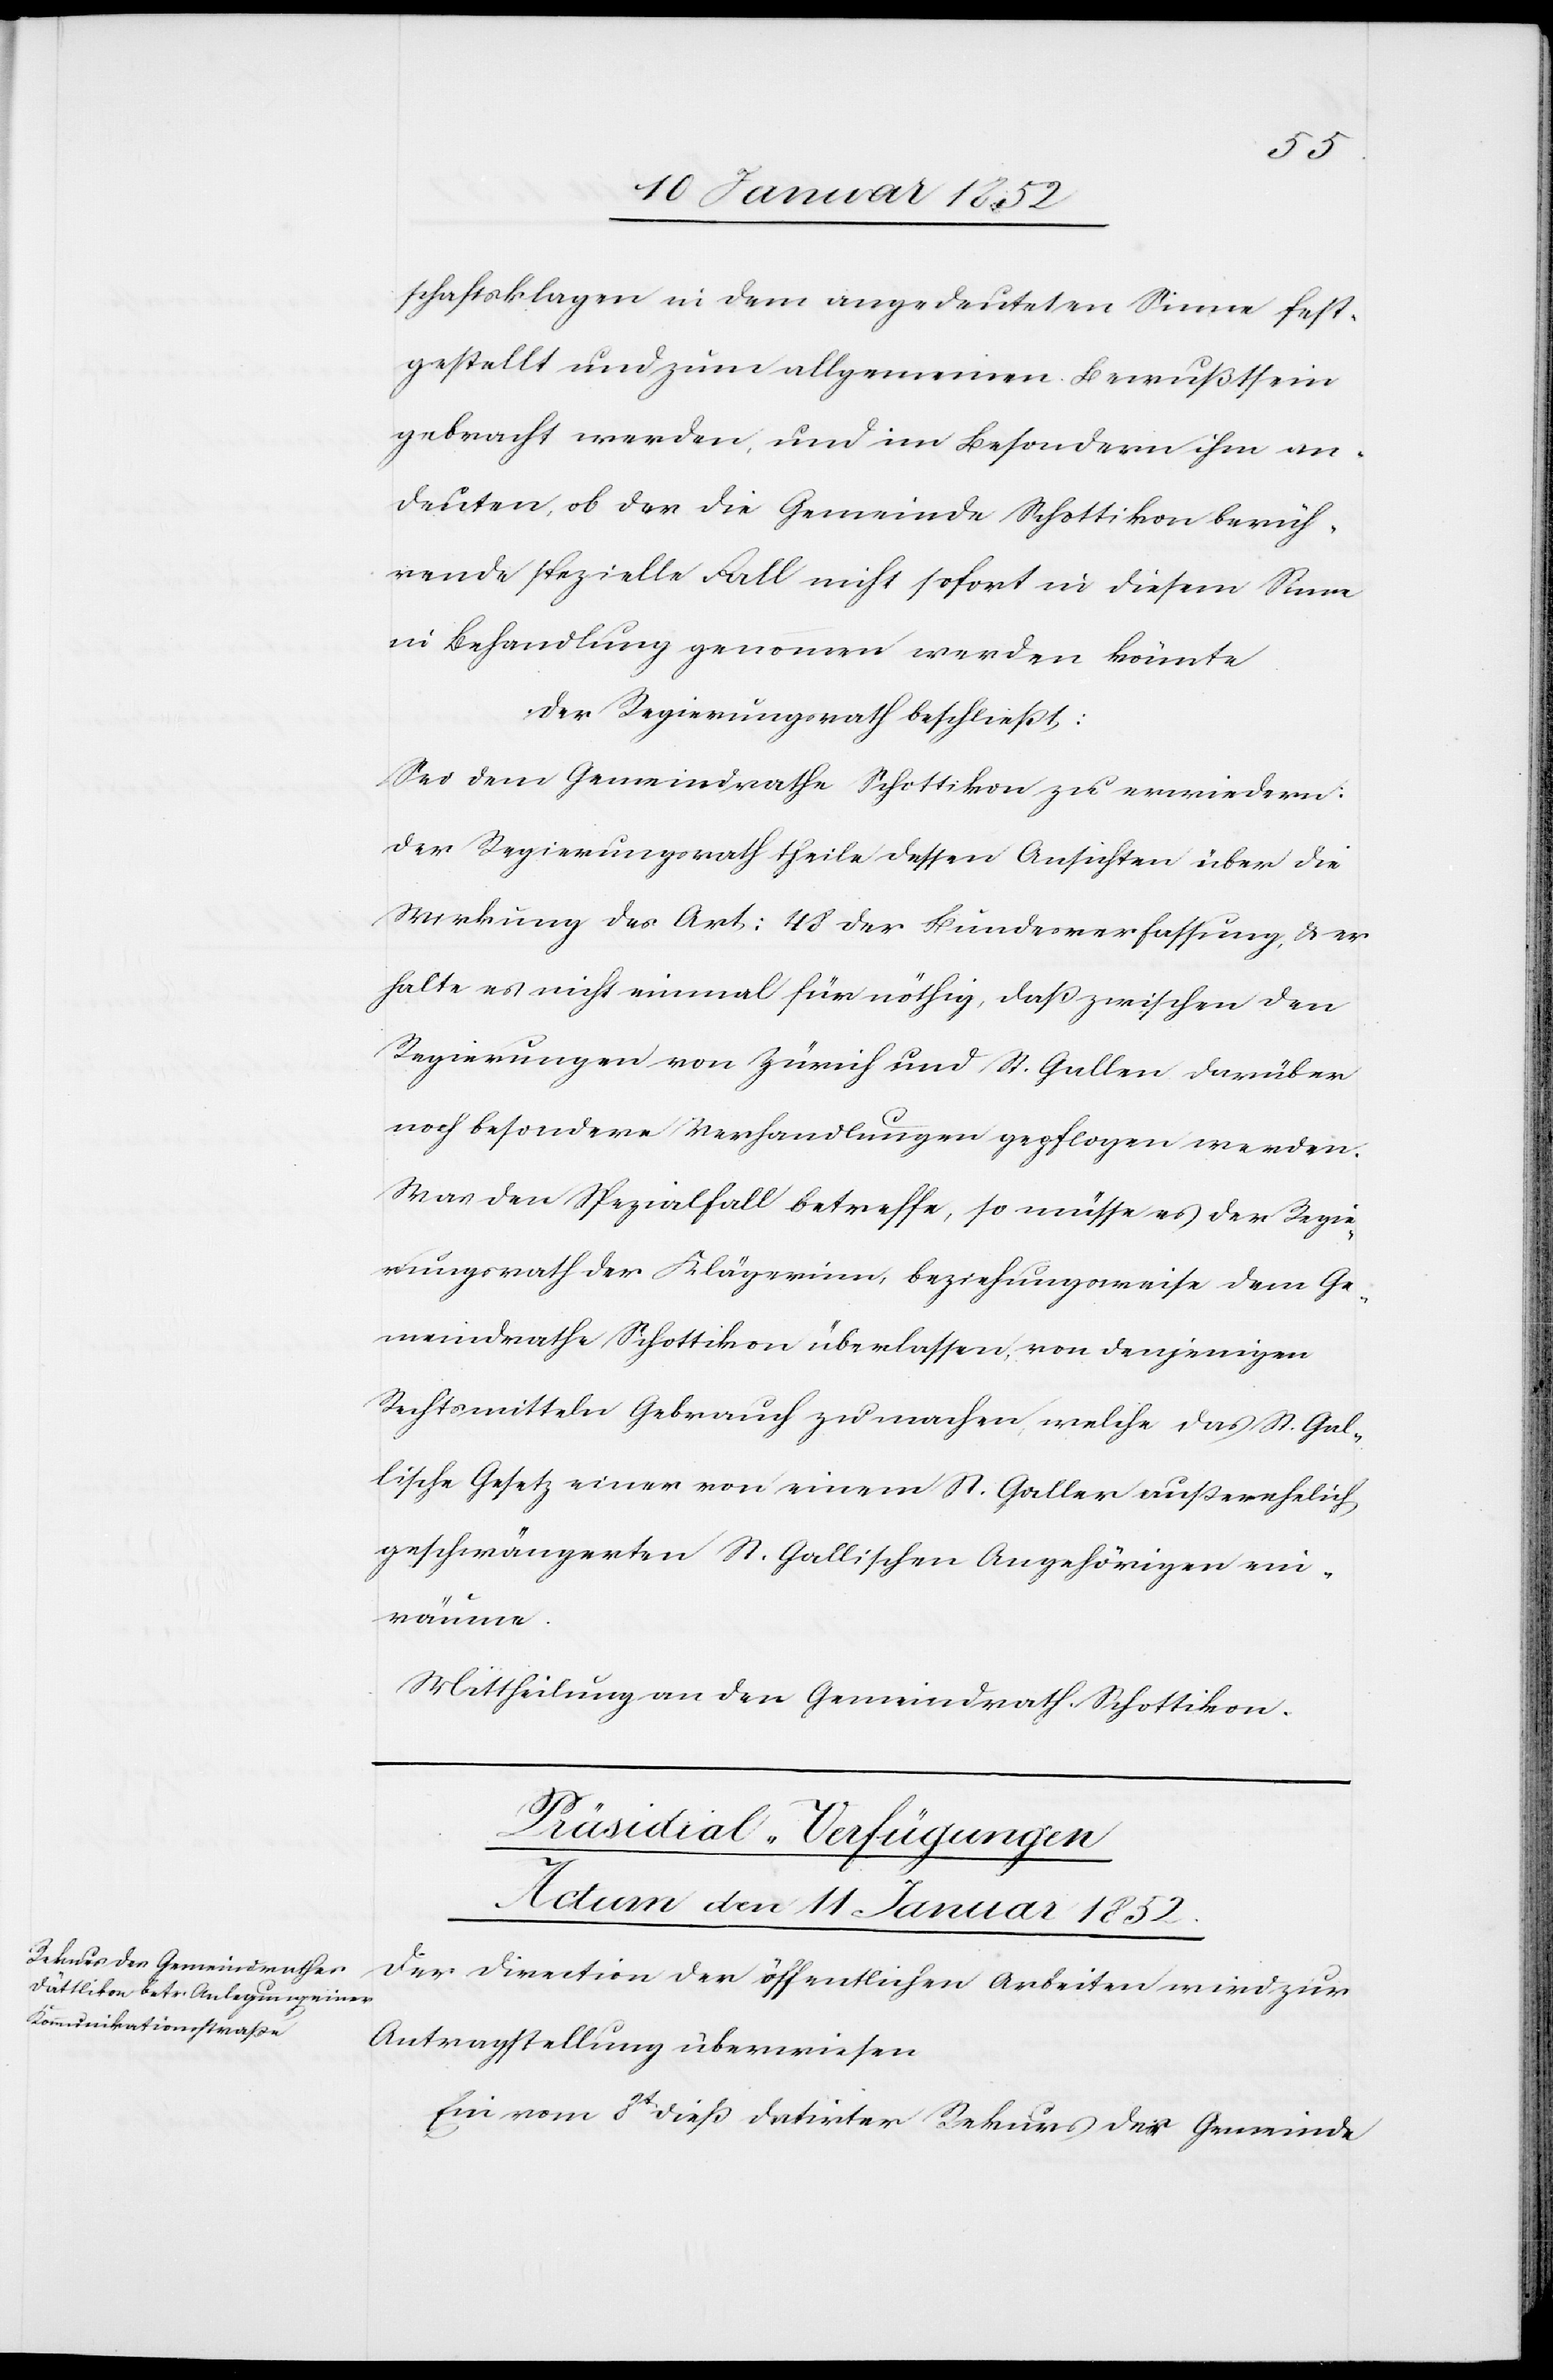
schaftsklage in dem angedeuteten Sinne fest¬
gestellt und zum allgemeinen Bewußtsein
gebracht werden, und im Besondern ihm an¬
deuten, ob der die Gemeinde Schottikon berüh¬
rende spezielle Fall nicht sofort in diesem Sinne
in Behandlung genommen werden könnte.
Der Regierungsrath beschließt:
Sei dem Gemeindrathe Schottikon zu erwiedern:
Der Regierungsrath theile dessen Ansichten über die
Wirkung des Art: 48 der Bundesverfassung u. er
halte es nicht einmal für nöthig, daß zwischen den
Regierungen von Zürich und St. Gallen darüber
noch besondere Verhandlungen gepflogen werden.
Was den Spezialfall betreffe, so müsse es der Regie¬
rungsrath der Klägerinn beziehungsweise dem Ge¬
meindrathe Schottikon überlassen von denjenigen
Rechtsmitteln Gebrauch zu machen, welche das St. Gal¬
lische Gesetz einen von einem St. Galler außerehelich
geschwängerten St. Gallischen Angehörigen ein¬
räume.
Mittheilung an den Gemeindrath Schottikon.
Präsidial-Verfügungen
Actum den 11 Januar 1852.
Der Direction der öffentlichen Arbeiten wird zur
Antragstellung überwiesen
Ein vom 8t dieß datirter Rekurs der Gemeinde